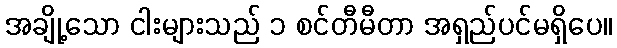
အချို့သော ငါးများသည် ၁ စင်တီမီတာ အရှည်ပင်မရှိပေ။